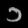
Digit: ၁